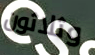
وثلاثون